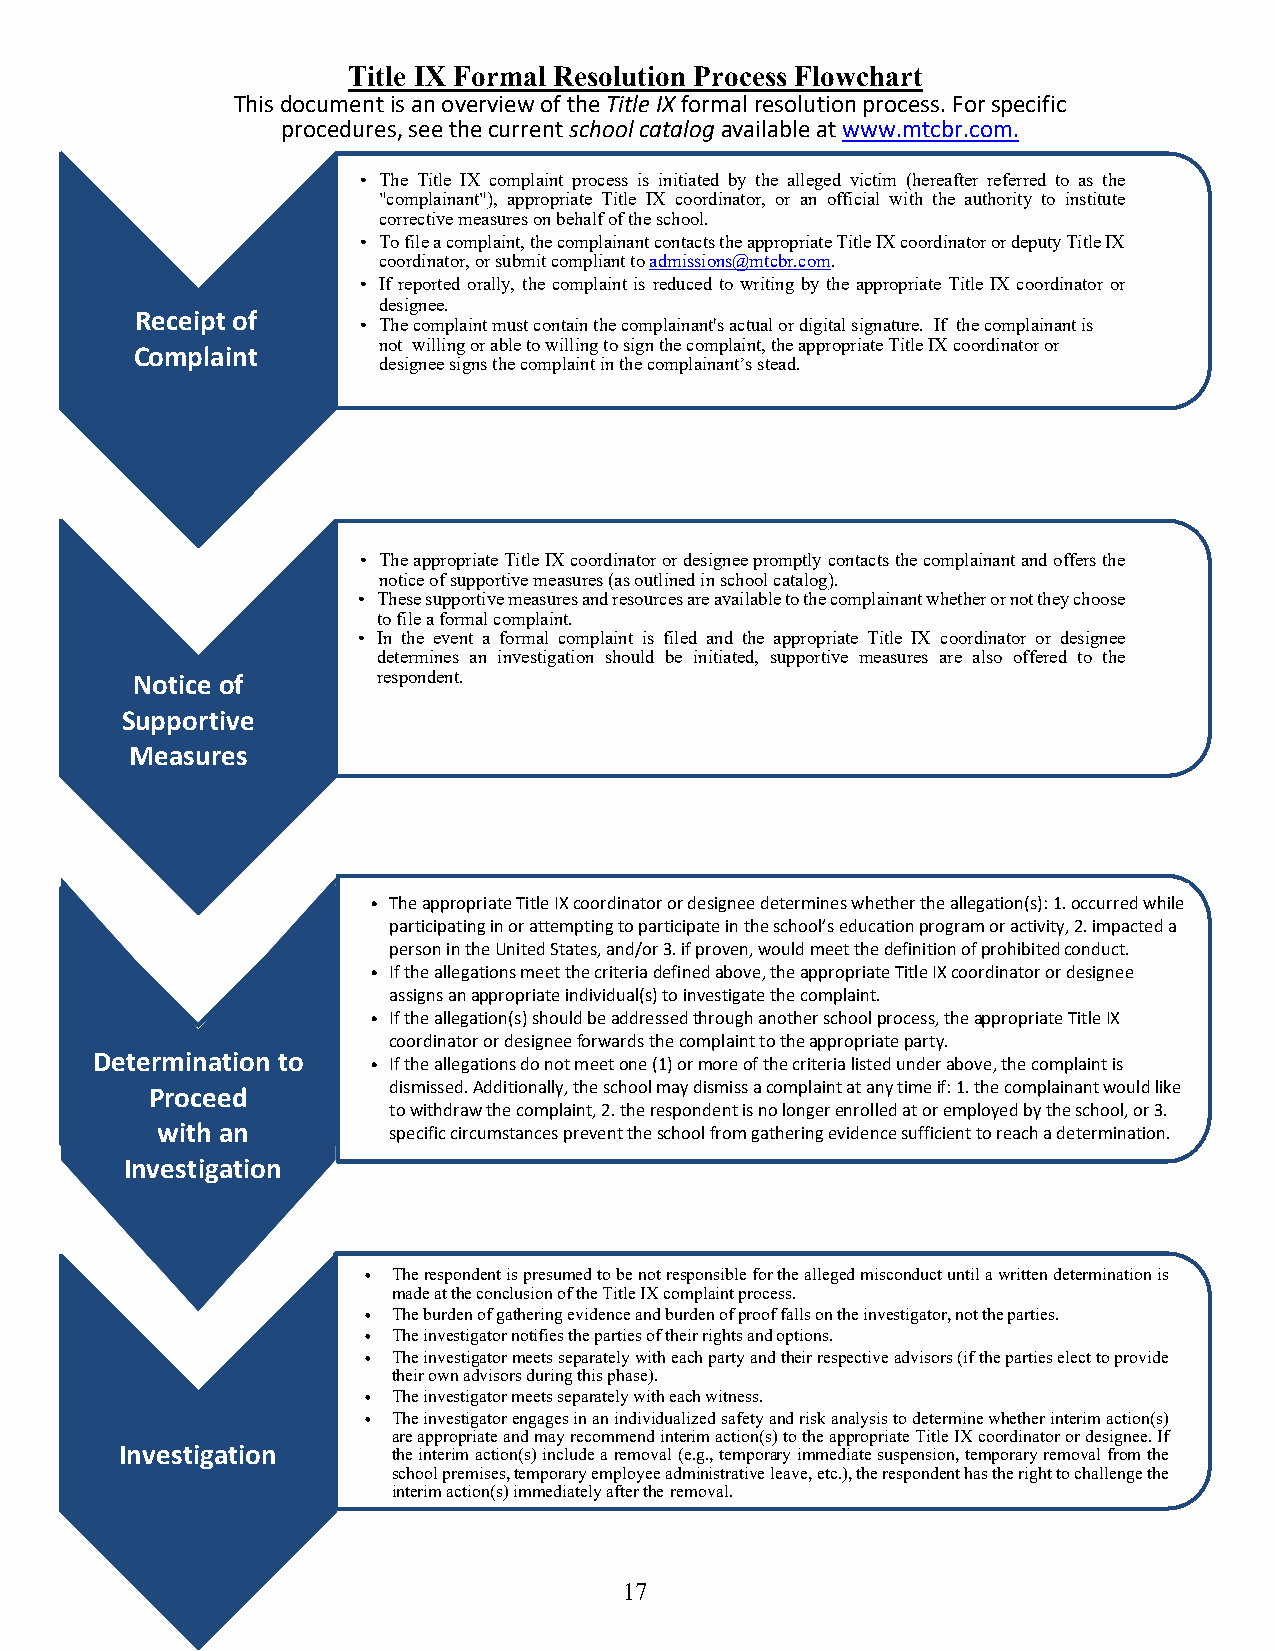
Title IX Formal Resolution Process Flowchart
 This document is an overview of the Title IX formal resolution process. For specific
 procedures, see the current school catalog available at www.mtcbr.com.
 • The Title IX complaint process is initiated by the alleged victim (hereafter referred to as the
 "complainant"), appropriate Title IX coordinator, or an official with the authority to institute
 corrective measures on behalf of the school.
 • To file a complaint, the complainant contacts the appropriate Title IX coordinator or deputy Title IX
 coordinator, or submit compliant to admissions@mtcbr.com.
 • If reported orally, the complaint is reduced to writing by the appropriate Title IX coordinator or
 designee.
 Receipt of
 • The complaint must contain the complainant's actual or digital signature. If the complainant is
 not willing or able to willing to sign the complaint, the appropriate Title IX coordinator or
 Complaint
 designee signs the complaint in the complainant’s stead.
 • The appropriate Title IX coordinator or designee promptly contacts the complainant and offers the
 notice of supportive measures (as outlined in school catalog).
 • These supportive measures and resources are available to the complainant whether or not they choose
 to file a formal complaint.
 • In the event a formal complaint is filed and the appropriate Title IX coordinator or designee
 determines an investigation should be initiated, supportive measures are also offered to the
 Notice of       respondent.
 Supportive
 Measures
 • The appropriate Title IX coordinator or designee determines whether the allegation(s): 1. occurred while
 participating in or attempting to participate in the school’s education program or activity, 2. impacted a
 person in the United States, and/or 3. if proven, would meet the definition of prohibited conduct.
 • If the allegations meet the criteria defined above, the appropriate Title IX coordinator or designee
 assigns an appropriate individual(s) to investigate the complaint.
 • If the allegation(s) should be addressed through another school process, the appropriate Title IX
 coordinator or designee forwards the complaint to the appropriate party.
 Determination to
 • If the allegations do not meet one (1) or more of the criteria listed under above, the complaint is
 Proceed         dismissed. Additionally, the school may dismiss a complaint at any time if: 1. the complainant would like
 to withdraw the complaint, 2. the respondent is no longer enrolled at or employed by the school, or 3.
 with an         specific circumstances prevent the school from gathering evidence sufficient to reach a determination.
 Investigation
 • The respondent is presumed to be not responsible for the alleged misconduct until a written determination is
 made at the conclusion of the Title IX complaint process.
 • The burden of gathering evidence and burden of proof falls on the investigator, not the parties.
 • The investigator notifies the parties of their rights and options.
 • The investigator meets separately with each party and their respective advisors (if the parties elect to provide
 their own advisors during this phase).
 • The investigator meets separately with each witness.
 • The investigator engages in an individualized safety and risk analysis to determine whether interim action(s)
 are appropriate and may recommend interim action(s) to the appropriate Title IX coordinator or designee. If
 Investigation     the interim action(s) include a removal (e.g., temporary immediate suspension, temporary removal from the
 school premises, temporary employee administrative leave, etc.), the respondent has the right to challenge the
 interim action(s) immediately after the removal.
 17